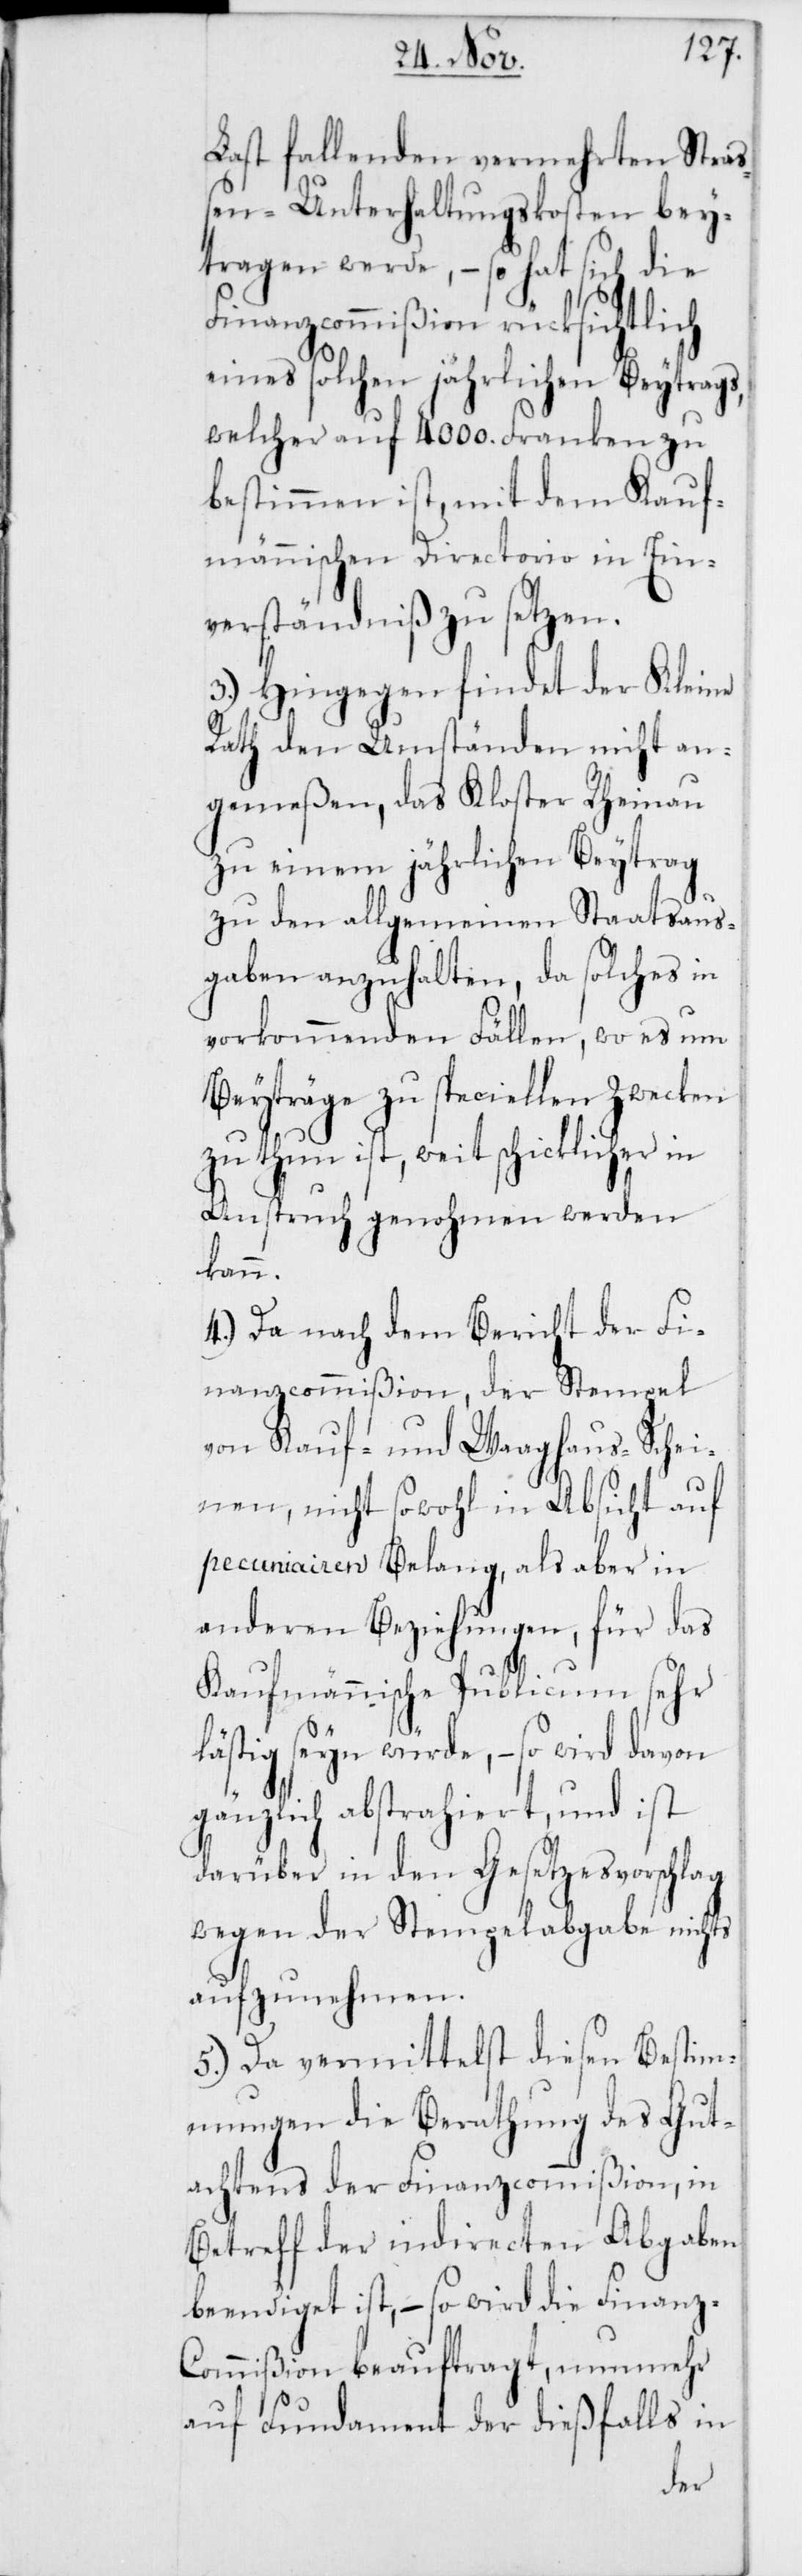
Last fallenden vermehrten Straß¬
en-Unterhaltungskosten bey¬
tragen werde, – so hat sich die
Finanzcommißion rücksichtlich
eines solchen jährlichen Beytrags,
welcher auf 4000. Franken zu
bestimmen ist, mit dem Kauf¬
männischen Directorio in Ein¬
verständniß zu setzen.
3.) Hingegen findet der Kleine
Rath den Umständen nicht an¬
gemeßen, das Kloster Rheinau
zu einem jährlichen Beytrag
zu den allgemeinen Staatsaus¬
gaben anzuhalten, da solches in
vorkommenden Fällen, wo es um
Beyträge zu speciellen Zwecken
zu thun ist, weit schicklicher in
Anspruch genohmen werden
kann.
4.) Da nach dem Bericht der Fi¬
nanzcommißion, der Stempel
von Kauf- und Waaghaus-Schei¬
nen, nicht sowohl in Absicht auf
pecuniairen Belang, als aber in
anderen Beziehungen, für das
Kaufmännische Publicum sehr
lästig seyn würde, – so wird davon
gänzlich abstrahiert, und ist
darüber in den Gesetzesvorschlag
wegen der Stempelabgabe nichts
aufzunehmen.
5.) Da vermittelst diesen Bestim¬
mungen die Berathung des Gut¬
achtens der Finanzcommißion, in
Betreff der indirecten Abgaben
beendiget ist, – so wird die Finan¬
z-Commißion beauftragt, nunmehr
auf Fundament der dießfalls in